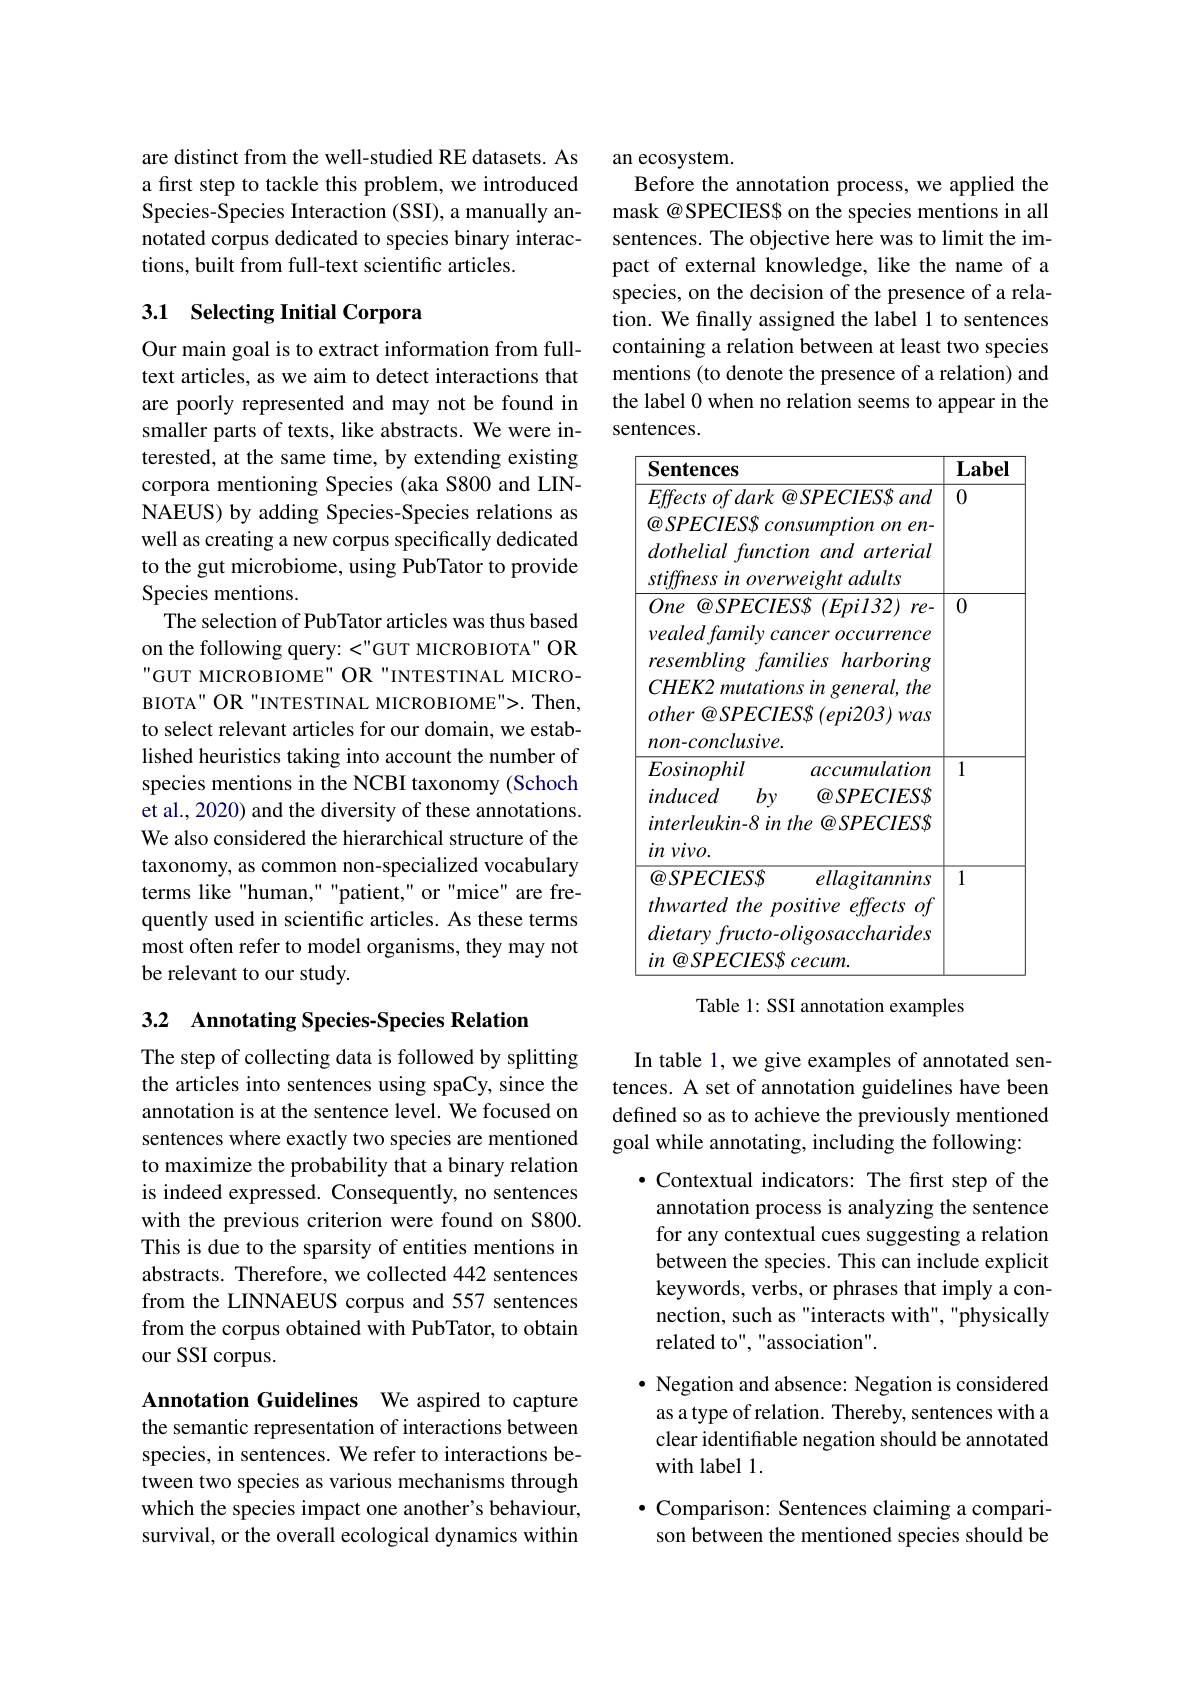
are distinct from the well-studied RE datasets. As a first step to tackle this problem, we introduced Species-Species Interaction (SSI), a manually annotated corpus dedicated to species binary interactions, built from full-text scientific articles.

### 3.1 Selecting Initial Corpora

Our main goal is to extract information from fulltext articles, as we aim to detect interactions that are poorly represented and may not be found in smaller parts of texts, like abstracts. We were interested, at the same time, by extending existing corpora mentioning Species (aka S800 and LINNAEUS) by adding Species-Species relations as well as creating a new corpus specifically dedicated to the gut microbiome, using PubTator to provide Species mentions.
The selection of PubTator articles was thus based on the following query: <"GUT MICROBIOTA" OR GUT MICROBIOME" OR"INTESTINAL MICROBIOTA" OR "INTESTINAL MICROBIOME">. Then, to select relevant articles for our domain, we established heuristics taking into account the number of species mentions in the NCBI taxonomy (Schoch et al., 2020) and the diversity of these annotations. We also considered the hierarchical structure of the taxonomy, as common non-specialized vocabulary terms like"human,""patient," or"mice" are frequently used in scientific articles. As these terms most often refer to model organisms, they may not be relevant to our study.

3.2 Annotating Species-Species Relation

The step of collecting data is followed by splitting the articles into sentences using spaCy, since the annotation is at the sentence level. We focused on sentences where exactly two species are mentioned to maximize the probability that a binary relation is indeed expressed. Consequently, no sentences with the previous criterion were found on S800. This is due to the sparsity of entities mentions in abstracts. Therefore, we collected 442 sentences from the LINNAEUS corpus and 557 sentences from the corpus obtained with PubTator, to obtain our SSI corpus.

Annotation Guidelines We aspired to capture the semantic representation of interactions between species, in sentences. We refer to interactions between two species as various mechanisms through which the species impact one another's behaviour, survival, or the overall ecological dynamics within

an ecosystem.
Before the annotation process, we applied the mask@SPECIESS on the species mentions in all sentences. The objective here was to limit the impact of external knowledge, like the name of a species, on the decision of the presence of a relation. We fnally assigned the label 1 to sentences containing a relation between at least two species mentions (to denote the presence of a relation) and the label 0 when no relation seems to appear in the sentences.

<table>
	<tbody>
		<tr>
			<th>$\mathbf{Sentences}$</th>
			<th>Label</th>
		</tr>
		<tr>
			<td>$Effects~of~dark~@SPECIES\$~and$ $@SPECIESS$ consumption on en- $dothelialfunction~and~arterial$ stiffnessinoverweightadults</td>
			<td>0</td>
		</tr>
		<tr>
			<td>One $@ SPECIES\$$ $( Epil32)$ $re-$ vealedfamilycanceroccurrence resembling families harboring $CHEK2$ mutations in general, the other $@ SPECIES\$$ $( epi203)$ was $non-conclusive.$</td>
			<td>0</td>
		</tr>
		<tr>
			<td>Eosinophil accumulation induced $by$ $\textcircled{a}SPECIESS$ $interleukin-8inthe\textcircled{o}SPECIESS$ $in\nu ivo.$</td>
			<td>1</td>
		</tr>
		<tr>
			<td>$\textcircled{a}SPECIESS$ ellagitannins $thwartedthepositiveeffects~of$ $dietaryfructo-oligosaccharides$ $in\textcircled{a}SPECIESSCcecum.$</td>
			<td>1</td>
		</tr>
	</tbody>
</table>
Table 1: SSI annotation examples

In table 1, we give examples of annotated sentences. A set of annotation guidelines have been defined so as to achieve the previously mentioned goal while annotating, including the following:

$\bullet$ Contextual indicators: The first step of the annotation process is analyzing the sentence for any contextual cues suggesting a relation between the species. This can include explicit keywords, verbs, or phrases that imply a connection, such as "interacts with", "physically related to", "association".
· Negation and absence: Negation is considered as a type of relation. Thereby, sentences with a clear identifiable negation should be annotated with label 1
$\bullet$ Comparison: Sentences claiming a comparison between the mentioned species should be